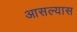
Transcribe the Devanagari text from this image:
आसल्यास